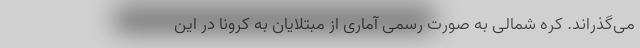
می‌گذراند. کره شمالی به صورت رسمی آماری از مبتلایان به کرونا در این